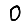
Digit: 0